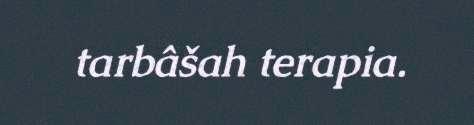
tarbâšah terapia.